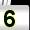
Digit: 5